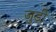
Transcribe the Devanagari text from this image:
जुड़ी़